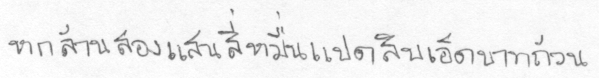
หกล้านสองแสนสี่หมื่นแปดสิบเอ็ดบาทถ้วน